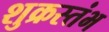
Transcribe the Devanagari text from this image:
शुक्रस्तंभ